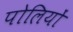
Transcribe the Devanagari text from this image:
पोलियों